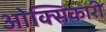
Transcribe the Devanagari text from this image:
ओक्सिकारी